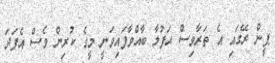
ޕީން ރޭގައި އެ ތަރާވިސް ޙަފުލާ ބާއްވާފައިވަނީ މީގެ ކުރިން ވެސް އެފަދަ